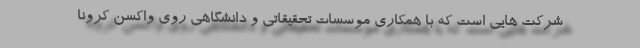
شرکت هایی است که با همکاری موسسات تحقیقاتی و دانشگاهی روی واکسن کرونا